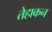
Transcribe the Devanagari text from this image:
तेहाकन